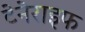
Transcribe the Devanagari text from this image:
टेनेराइफ